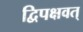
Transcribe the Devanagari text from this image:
द्विपक्षवत्‌